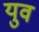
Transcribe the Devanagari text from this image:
युव